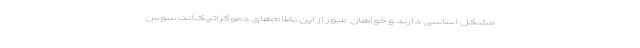
مشکل اساسی دارند و خواهان عبور از این نظام‌های دموکراتیک‌اند، سوس